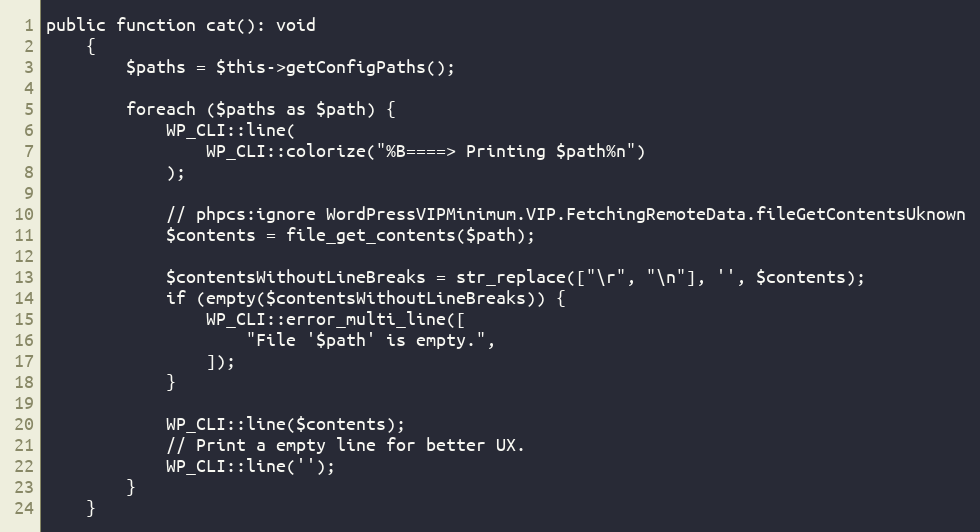
Language: PHP
public function cat(): void
    {
        $paths = $this->getConfigPaths();

        foreach ($paths as $path) {
            WP_CLI::line(
                WP_CLI::colorize("%B====> Printing $path%n")
            );

            // phpcs:ignore WordPressVIPMinimum.VIP.FetchingRemoteData.fileGetContentsUknown
            $contents = file_get_contents($path);

            $contentsWithoutLineBreaks = str_replace(["\r", "\n"], '', $contents);
            if (empty($contentsWithoutLineBreaks)) {
                WP_CLI::error_multi_line([
                    "File '$path' is empty.",
                ]);
            }

            WP_CLI::line($contents);
            // Print a empty line for better UX.
            WP_CLI::line('');
        }
    }